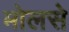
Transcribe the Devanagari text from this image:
मोलसे